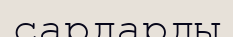
сардарды